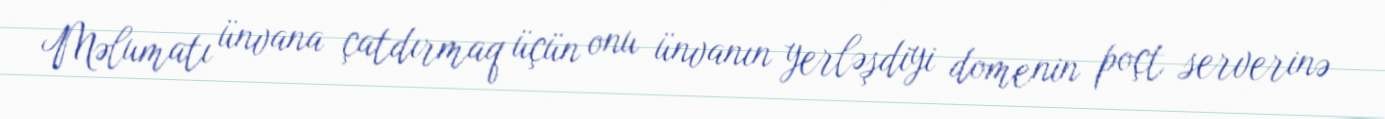
Məlumatı ünvana çatdırmaq üçün onu ünvanın yerləşdiyi domenin poçt serverinə